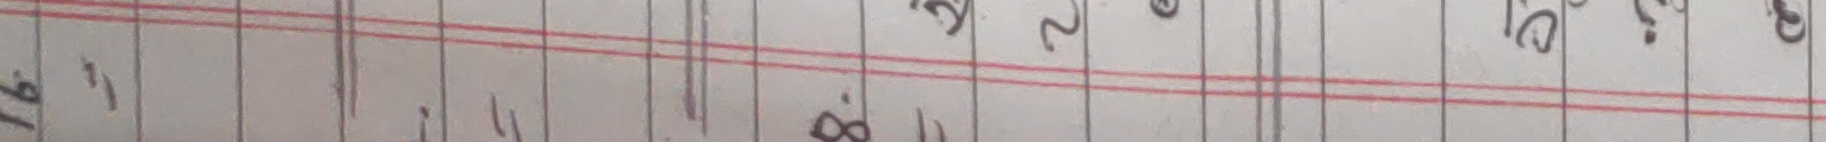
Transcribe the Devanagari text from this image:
७१४१७२३६०९४५